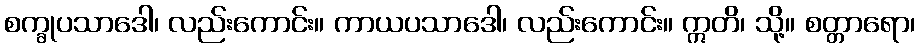
စက္ခုပသာဒေါ၊ လည်းကောင်း။ ကာယပသာဒေါ၊ လည်းကောင်း။ ဣတိ၊ သို့။ စတ္တာရော၊